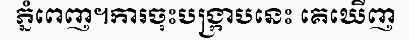
ភ្នំពេញ។ការចុះបង្ក្រាបនេះ គេឃើញ